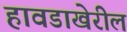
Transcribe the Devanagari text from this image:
हावडाखेरील